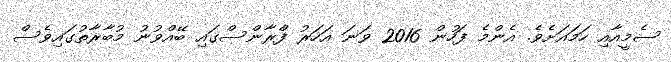
ސެމީއާއި ހަމައަށެވެ. އެންމެ ފަހުން 2016 ވަނަ އަހަރު ފްރާންސްގައި ބޭއްވުނު މުބާރާތުގައިވެސް